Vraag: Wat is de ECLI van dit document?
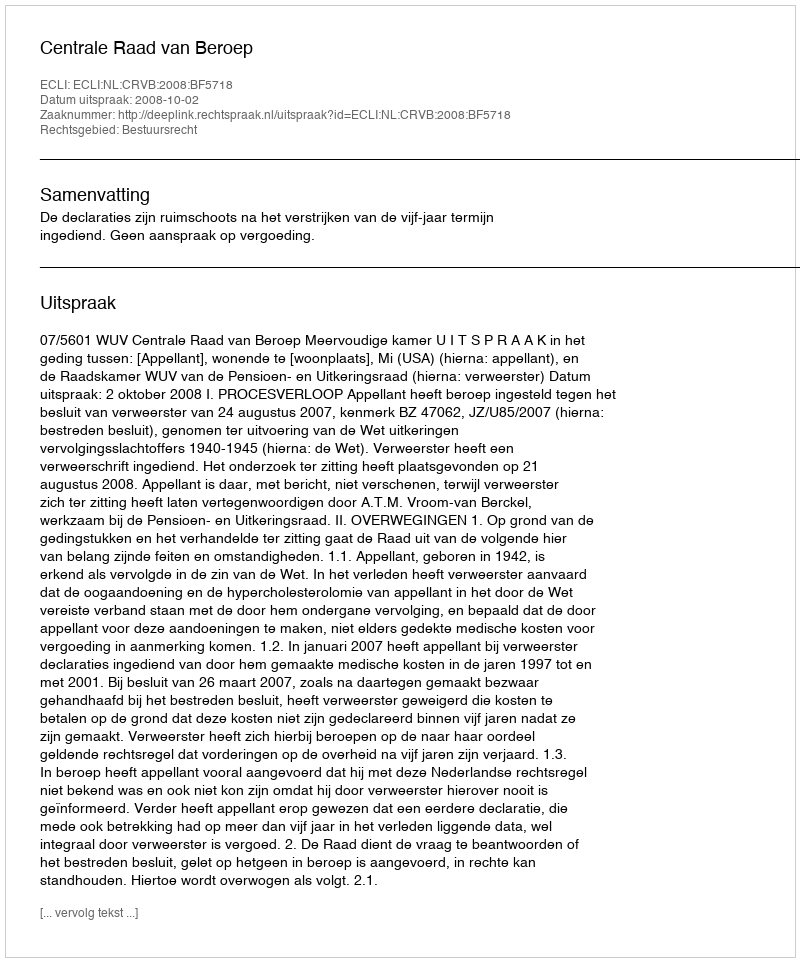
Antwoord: ECLI:NL:CRVB:2008:BF5718